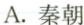
A.秦朝